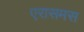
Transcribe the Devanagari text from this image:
एरासमस